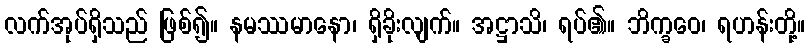
လက်အုပ်ရှိသည် ဖြစ်၍။ နမဿမာနော၊ ရှိခိုးလျက်။ အဋ္ဌာသိ၊ ရပ်၏။ ဘိက္ခဝေ၊ ရဟန်းတို့။